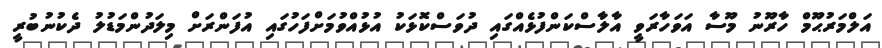
އަލްމަރުޙޫމް ހާރޫނު މޫސާ އަވަހާރަވީ އާލާސްކަންފުޅެއްގައި ދުވަސްކޮޅަކު އުޅުއްވުމަށްފަހުގައި އުފަންރަށް މިލަދުންމަޑުލު ދެކުނުބުރީ